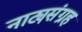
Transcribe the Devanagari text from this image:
नाट्यसंग्रह